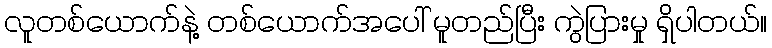
လူတစ်ယောက်နဲ့ တစ်ယောက်အပေါ် မူတည်ပြီး ကွဲပြားမှု ရှိပါတယ်။